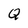
Character: Q